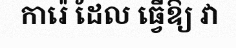
ការ៉េ ដែល ធ្វើឱ្យ វា